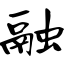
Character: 融